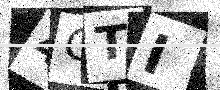
Text: 4CTI